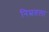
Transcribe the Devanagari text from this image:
निम्रतला